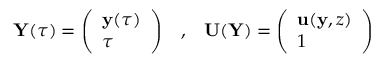
{ \mathbf Y } ( \tau ) = \left( \begin{array} { l } { { \mathbf y } ( \tau ) } \\ { \tau } \end{array} \right) \; \; \; , \; \; \; { \mathbf U } ( { \mathbf Y } ) = \left( \begin{array} { l } { { \mathbf u } ( { \mathbf y } , z ) } \\ { 1 } \end{array} \right)